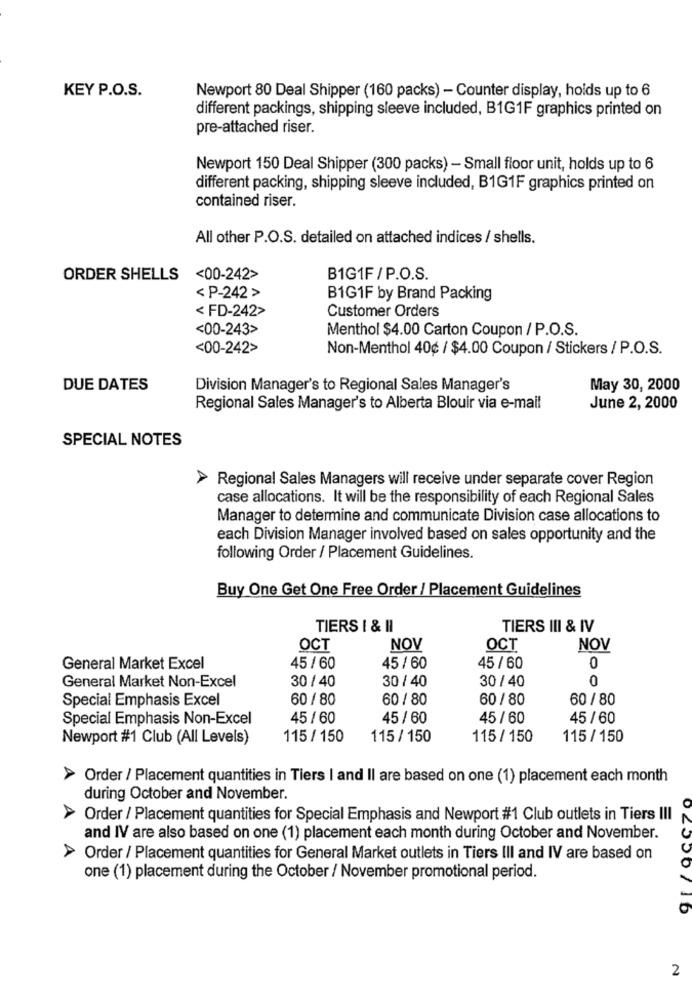
KEY P.O.S.
Newport 80 Deal Shipper (160 packs) - Counter display, holds up to 6
different packings, shipping sleeve included, B1G1F graphics printed on
pre-attached riser.
Newport 150 Deal Shipper (300 packs) - Small floor unit, holds up to 6
different packing, shipping sleeve included, B1G1F graphics printed on
contained riser.
All other P.O.S. detailed on attached indices / shells.
ORDER SHELLS <00-242>
B1G1F/P.O.S.
< P-242 >
B1G1F by Brand Packing
< FD-242>
Customer Orders
<00-243>
Menthol $4.00 Carton Coupon / P.O.S.
<00-242>
Non-Menthol 40¢ / $4.00 Coupon / Stickers / P.O.S.
DUE DATES
Division Manager's to Regional Sales Manager's
May 30, 2000
Regional Sales Manager's to Alberta Blouir via e-mail
June 2, 2000
SPECIAL NOTES
> Regional Sales Managers will receive under separate cover Region
case allocations. It will be the responsibility of each Regional Sales
Manager to determine and communicate Division case allocations to
each Division Manager involved based on sales opportunity and the
following Order / Placement Guidelines.
Buy One Get One Free Order / Placement Guidelines
TIERS I & II
TIERS III & IV
OCT
NOV
OCT
NOV
0
General Market Excel
45 / 60
45/ 60
45 /60
30 / 40
30 / 40
30 / 40
0
General Market Non-Excel
Special Emphasis Excel
60 / 80
60 / 80
60 / 80
60 / 80
Special Emphasis Non-Excel
45 / 60
45 / 60
45 / 60
45 / 60
Newport #1 Club (All Levels)
115 / 150
115 / 150
115 / 150
115 / 150
Order / Placement quantities in Tiers I and II are based on one (1) placement each month
during October and November.
Order / Placement quantities for Special Emphasis and Newport #1 Club outlets in Tiers III
and IV are also based on one (1) placement each month during October and November.
Order / Placement quantities for General Market outlets in Tiers Ill and IV are based on
one (1) placement during the October / November promotional period.
2